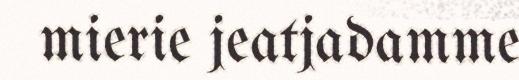
mierie jeatjadamme